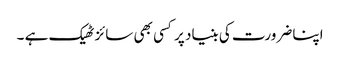
اپنا ضرورت کی بنیاد پر کسی بھی سائز ٹھیک ہے ۔